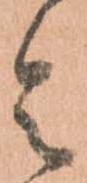
令